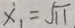
x _ { 1 } = \sqrt { 1 1 }